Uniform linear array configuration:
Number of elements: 32
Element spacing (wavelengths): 0.75
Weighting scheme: exponential
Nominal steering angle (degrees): -15
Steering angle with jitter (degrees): -13.238
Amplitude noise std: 0.05
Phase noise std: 0.05

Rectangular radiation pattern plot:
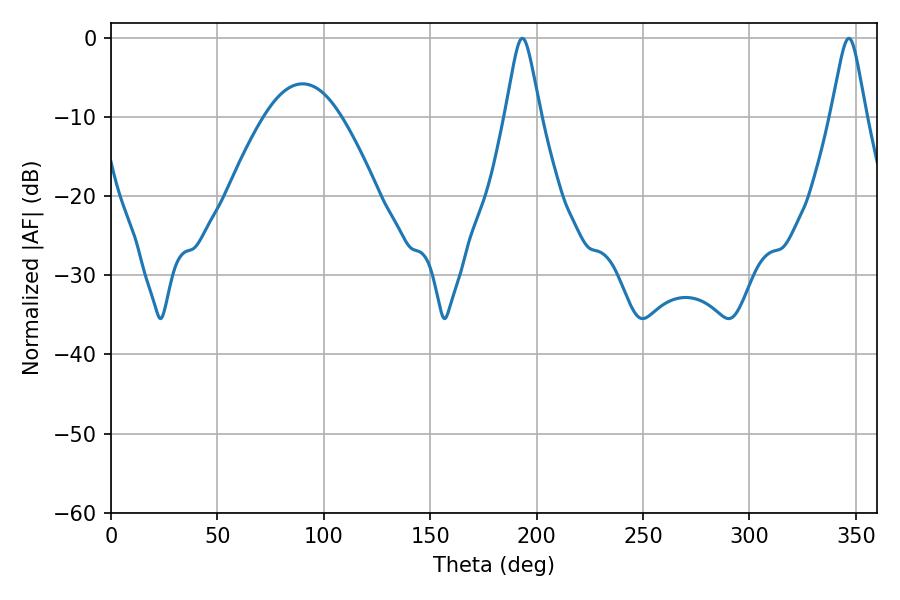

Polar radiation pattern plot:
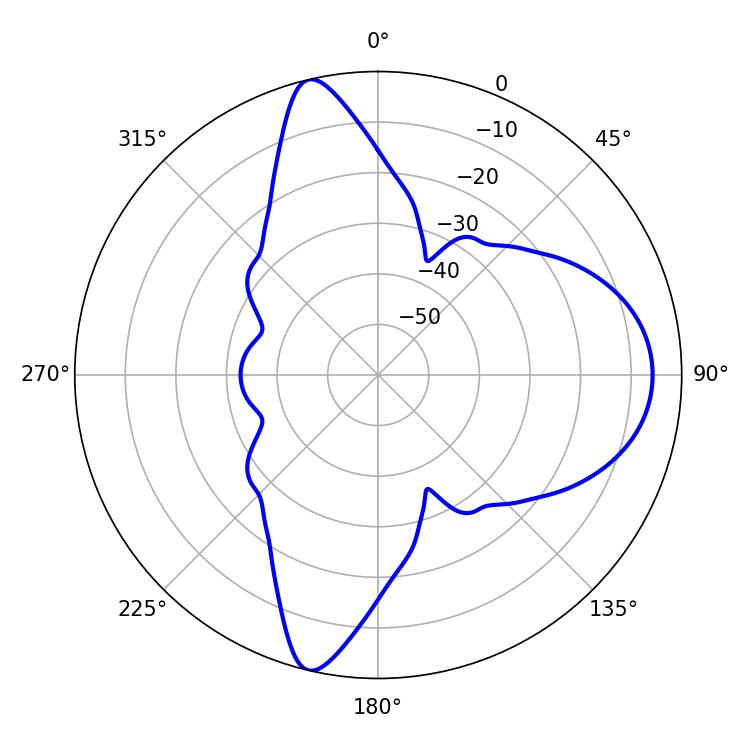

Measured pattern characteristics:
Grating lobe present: TRUE
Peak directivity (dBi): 14.336
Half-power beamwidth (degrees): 7.92
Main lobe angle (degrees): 193.32